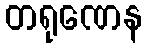
တရုဏေန